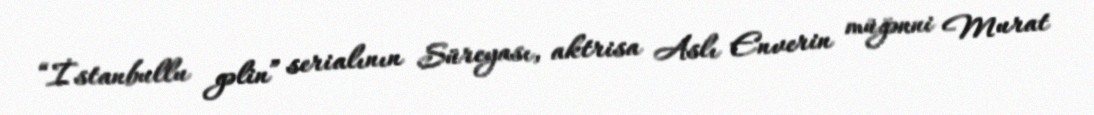
“İstanbullu gəlin” serialının Süreyası, aktrisa Aslı Enverin müğənni Murat